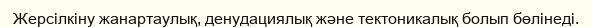
Жерсілкіну жанартаулық, денудациялық және тектоникалық болып бөлінеді.